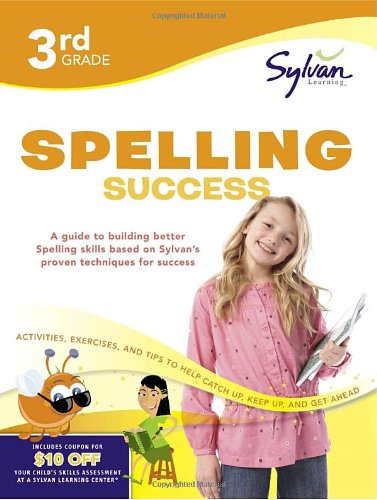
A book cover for Third Grade Spelling Success (Sylvan Workbooks) (Language Arts Workbooks); Sylvan Learning; Reference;